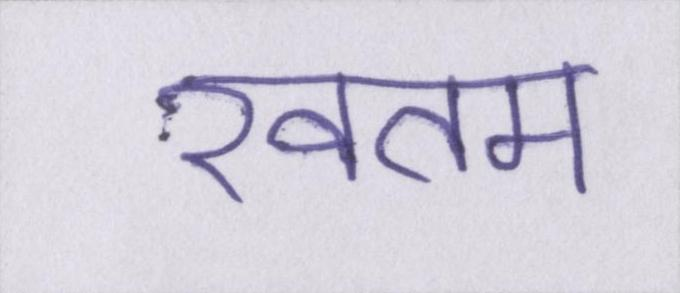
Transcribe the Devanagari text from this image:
खतम